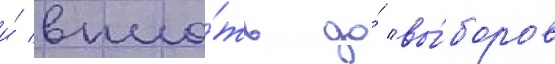
и́ впло́ть до́ вы́боров